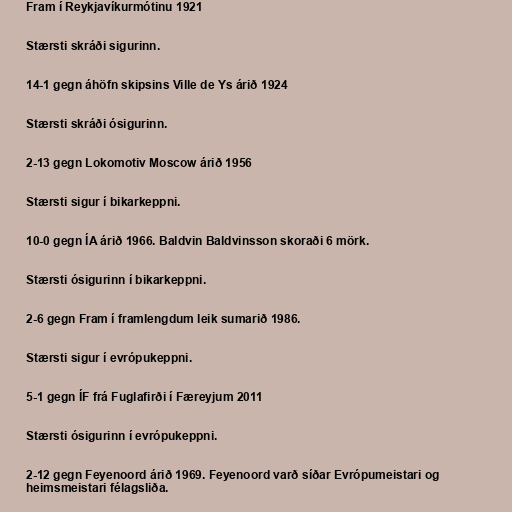
Fram í Reykjavíkurmótinu 1921

Stærsti skráði sigurinn.

14-1 gegn áhöfn skipsins Ville de Ys árið 1924

Stærsti skráði ósigurinn.

2-13 gegn Lokomotiv Moscow árið 1956

Stærsti sigur í bikarkeppni.

10-0 gegn ÍA árið 1966. Baldvin Baldvinsson skoraði 6 mörk.

Stærsti ósigurinn í bikarkeppni.

2-6 gegn Fram í framlengdum leik sumarið 1986.

Stærsti sigur í evrópukeppni.

5-1 gegn ÍF frá Fuglafirði í Færeyjum 2011

Stærsti ósigurinn í evrópukeppni.

2-12 gegn Feyenoord árið 1969. Feyenoord varð síðar Evrópumeistari og
heimsmeistari félagsliða.